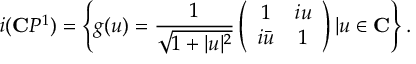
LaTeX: i ( \mathbf { C } P ^ { 1 } ) = \left\{ g ( u ) = \frac { 1 } { \sqrt { 1 + | u | ^ { 2 } } } \left( \begin{array} { c c } { { 1 } } & { { i u } } \\ { { i \bar { u } } } & { { 1 } } \end{array} \right) | u \in \mathbf { C } \right\} .